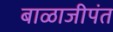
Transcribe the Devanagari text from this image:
बाळाजीपंत